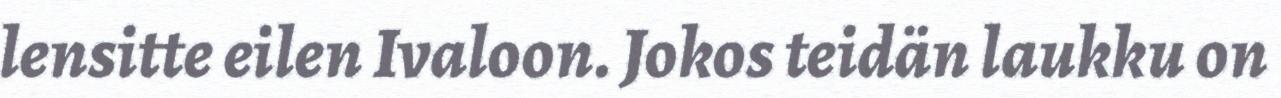
lensitte eilen Ivaloon. Jokos teidän laukku on